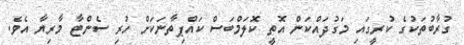
ގުރާބުތަކުގެ ކުރީގައި މަގުދައްކަން އޮތީ ކޮލަމްބަސް ކައްޕިތާނަކަށް ހުރި ސެންޓާ މާރިޔާ އެވެ.